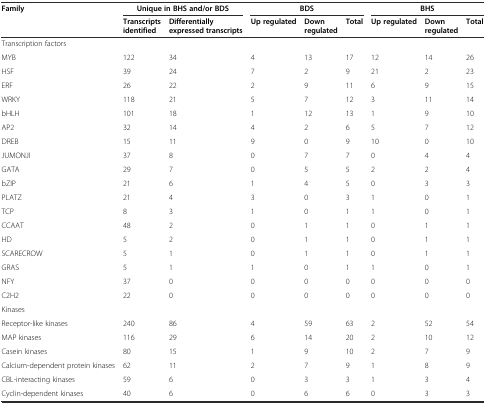
<table><thead><tr><td rowspan="2"><b>Family</b></td><td colspan="2"><b>Unique in BHS and/or BDS</b></td><td colspan="3"><b>BDS</b></td><td colspan="3"><b>BHS</b></td></tr><tr><td><b>Transcripts identified</b></td><td><b>Differentially expressed transcripts</b></td><td><b>Up regulated</b></td><td><b>Down regulated</b></td><td><b>Total</b></td><td><b>Up regulated</b></td><td><b>Down regulated</b></td><td><b>Total</b></td></tr></thead><tbody><tr><td colspan="9">Transcription factors</td></tr><tr><td>MYB</td><td>122</td><td>34</td><td>4</td><td>13</td><td>17</td><td>12</td><td>14</td><td>26</td></tr><tr><td>HSF</td><td>39</td><td>24</td><td>7</td><td>2</td><td>9</td><td>21</td><td>2</td><td>23</td></tr><tr><td>ERF</td><td>26</td><td>22</td><td>2</td><td>9</td><td>11</td><td>6</td><td>9</td><td>15</td></tr><tr><td>WRKY</td><td>118</td><td>21</td><td>5</td><td>7</td><td>12</td><td>3</td><td>11</td><td>14</td></tr><tr><td>bHLH</td><td>101</td><td>18</td><td>1</td><td>12</td><td>13</td><td>1</td><td>9</td><td>10</td></tr><tr><td>AP2</td><td>32</td><td>14</td><td>4</td><td>2</td><td>6</td><td>5</td><td>7</td><td>12</td></tr><tr><td>DREB</td><td>15</td><td>11</td><td>9</td><td>0</td><td>9</td><td>10</td><td>0</td><td>10</td></tr><tr><td>JUMONJI</td><td>37</td><td>8</td><td>0</td><td>7</td><td>7</td><td>0</td><td>4</td><td>4</td></tr><tr><td>GATA</td><td>29</td><td>7</td><td>0</td><td>5</td><td>5</td><td>2</td><td>2</td><td>4</td></tr><tr><td>bZIP</td><td>21</td><td>6</td><td>1</td><td>4</td><td>5</td><td>0</td><td>3</td><td>3</td></tr><tr><td>PLATZ</td><td>21</td><td>4</td><td>3</td><td>0</td><td>3</td><td>1</td><td>0</td><td>1</td></tr><tr><td>TCP</td><td>8</td><td>3</td><td>1</td><td>0</td><td>1</td><td>1</td><td>0</td><td>1</td></tr><tr><td>CCAAT</td><td>48</td><td>2</td><td>0</td><td>1</td><td>1</td><td>0</td><td>1</td><td>1</td></tr><tr><td>HD</td><td>5</td><td>2</td><td>0</td><td>1</td><td>1</td><td>0</td><td>1</td><td>1</td></tr><tr><td>SCARECROW</td><td>5</td><td>1</td><td>0</td><td>1</td><td>1</td><td>0</td><td>1</td><td>1</td></tr><tr><td>GRAS</td><td>5</td><td>1</td><td>1</td><td>0</td><td>1</td><td>1</td><td>0</td><td>1</td></tr><tr><td>NFY</td><td>37</td><td>0</td><td>0</td><td>0</td><td>0</td><td>0</td><td>0</td><td>0</td></tr><tr><td>C2H2</td><td>22</td><td>0</td><td>0</td><td>0</td><td>0</td><td>0</td><td>0</td><td>0</td></tr><tr><td colspan="9">Kinases</td></tr><tr><td>Receptor-like kinases</td><td>240</td><td>86</td><td>4</td><td>59</td><td>63</td><td>2</td><td>52</td><td>54</td></tr><tr><td>MAP kinases</td><td>116</td><td>29</td><td>6</td><td>14</td><td>20</td><td>2</td><td>10</td><td>12</td></tr><tr><td>Casein kinases</td><td>80</td><td>15</td><td>1</td><td>9</td><td>10</td><td>2</td><td>7</td><td>9</td></tr><tr><td>Calcium-dependent protein kinases</td><td>62</td><td>11</td><td>2</td><td>7</td><td>9</td><td>1</td><td>8</td><td>9</td></tr><tr><td>CBL-interacting kinases</td><td>59</td><td>6</td><td>0</td><td>3</td><td>3</td><td>1</td><td>3</td><td>4</td></tr><tr><td>Cyclin-dependent kinases</td><td>40</td><td>6</td><td>0</td><td>6</td><td>6</td><td>0</td><td>3</td><td>3</td></tr></tbody></table>